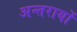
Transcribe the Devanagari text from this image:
अन्तरायों